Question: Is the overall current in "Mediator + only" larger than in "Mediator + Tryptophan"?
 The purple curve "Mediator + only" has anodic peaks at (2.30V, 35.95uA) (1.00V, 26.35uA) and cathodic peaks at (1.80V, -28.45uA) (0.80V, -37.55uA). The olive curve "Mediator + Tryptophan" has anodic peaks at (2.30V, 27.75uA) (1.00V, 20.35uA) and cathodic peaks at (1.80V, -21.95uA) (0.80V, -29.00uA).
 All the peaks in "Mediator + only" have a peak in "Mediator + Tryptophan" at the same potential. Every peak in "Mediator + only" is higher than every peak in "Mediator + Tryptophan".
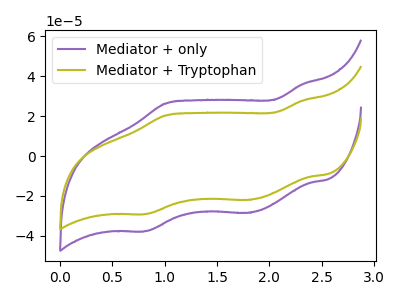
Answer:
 <answer>"Mediator + only" has more signal than "Mediator + Tryptophan".</answer>
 <eval>more_signal</eval>